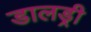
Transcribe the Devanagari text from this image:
डालड्री